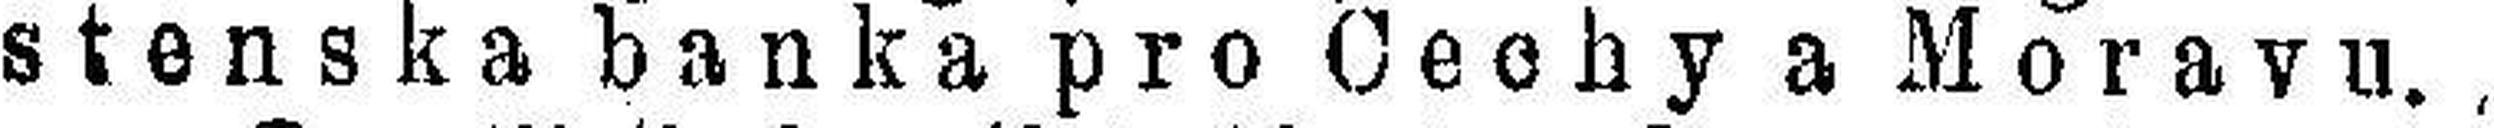
stenskabanka pro Cechya Morayn.